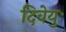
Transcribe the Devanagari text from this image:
दिवेयुः